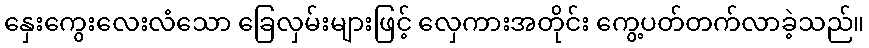
နှေးကွေးလေးလံသော ခြေလှမ်းများဖြင့် လှေကားအတိုင်း ကွေ့ပတ်တက်လာခဲ့သည်။